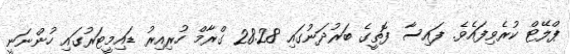
ޕްލޭޓް ކުރެވިފައެވެ. ފައިސާ ފޮތީގެ ބަރުދަނުގައި 28.28 ގްރާމް ހުރިއިރު ޑައިމީޓަރުގައި ހުންނަނީ